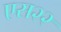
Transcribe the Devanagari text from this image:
एस२२